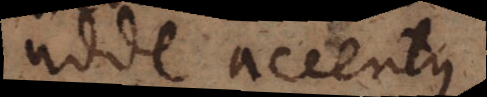
adde accentus